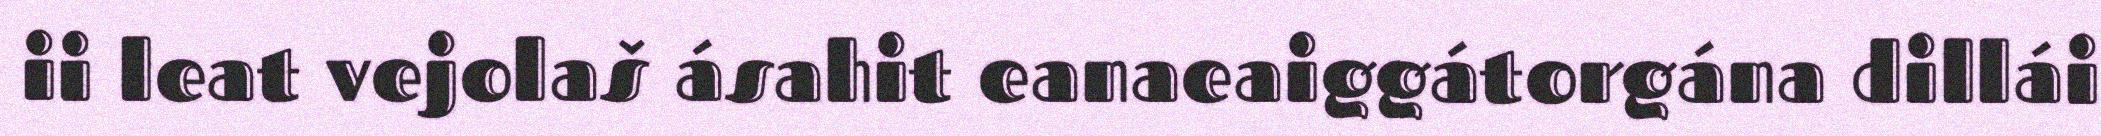
ii leat vejolaš ásahit eanaeaiggátorgána dillái